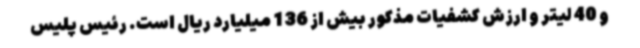
و 40 لیتر و ارزش کشفیات مذکور بیش از 136 میلیارد ریال است. رئیس پلیس